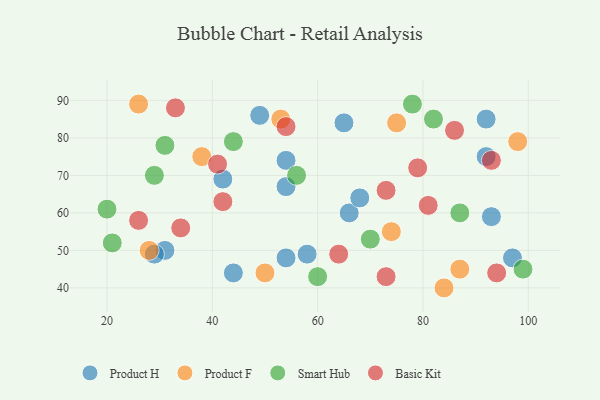
{"axis": {"x": "GDP", "y": "Life Expectancy"}, "legend": ["Basic Kit", "Product F", "Product H", "Smart Hub"], "data": [{"x": "44", "y": 44, "type": "Product H"}, {"x": "66", "y": 60, "type": "Product H"}, {"x": "42", "y": 69, "type": "Product H"}, {"x": "68", "y": 64, "type": "Product H"}, {"x": "58", "y": 49, "type": "Product H"}, {"x": "92", "y": 85, "type": "Product H"}, {"x": "31", "y": 50, "type": "Product H"}, {"x": "93", "y": 59, "type": "Product H"}, {"x": "54", "y": 74, "type": "Product H"}, {"x": "54", "y": 48, "type": "Product H"}, {"x": "65", "y": 84, "type": "Product H"}, {"x": "29", "y": 49, "type": "Product H"}, {"x": "54", "y": 67, "type": "Product H"}, {"x": "97", "y": 48, "type": "Product H"}, {"x": "92", "y": 75, "type": "Product H"}, {"x": "49", "y": 86, "type": "Product H"}, {"x": "74", "y": 55, "type": "Product F"}, {"x": "28", "y": 50, "type": "Product F"}, {"x": "84", "y": 40, "type": "Product F"}, {"x": "75", "y": 84, "type": "Product F"}, {"x": "98", "y": 79, "type": "Product F"}, {"x": "53", "y": 85, "type": "Product F"}, {"x": "26", "y": 89, "type": "Product F"}, {"x": "87", "y": 45, "type": "Product F"}, {"x": "38", "y": 75, "type": "Product F"}, {"x": "50", "y": 44, "type": "Product F"}, {"x": "82", "y": 85, "type": "Smart Hub"}, {"x": "44", "y": 79, "type": "Smart Hub"}, {"x": "31", "y": 78, "type": "Smart Hub"}, {"x": "56", "y": 70, "type": "Smart Hub"}, {"x": "21", "y": 52, "type": "Smart Hub"}, {"x": "99", "y": 45, "type": "Smart Hub"}, {"x": "87", "y": 60, "type": "Smart Hub"}, {"x": "20", "y": 61, "type": "Smart Hub"}, {"x": "60", "y": 43, "type": "Smart Hub"}, {"x": "78", "y": 89, "type": "Smart Hub"}, {"x": "70", "y": 53, "type": "Smart Hub"}, {"x": "29", "y": 70, "type": "Smart Hub"}, {"x": "73", "y": 66, "type": "Basic Kit"}, {"x": "73", "y": 43, "type": "Basic Kit"}, {"x": "94", "y": 44, "type": "Basic Kit"}, {"x": "54", "y": 83, "type": "Basic Kit"}, {"x": "86", "y": 82, "type": "Basic Kit"}, {"x": "93", "y": 74, "type": "Basic Kit"}, {"x": "41", "y": 73, "type": "Basic Kit"}, {"x": "26", "y": 58, "type": "Basic Kit"}, {"x": "42", "y": 63, "type": "Basic Kit"}, {"x": "81", "y": 62, "type": "Basic Kit"}, {"x": "34", "y": 56, "type": "Basic Kit"}, {"x": "79", "y": 72, "type": "Basic Kit"}, {"x": "64", "y": 49, "type": "Basic Kit"}, {"x": "33", "y": 88, "type": "Basic Kit"}]}